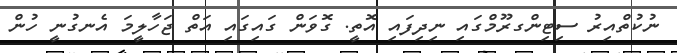
ނުކުތްއިރު ސިޓިންގރޫމްގައި ނިދިފައި އޮތީ. ގޮވަން ގައިގައި އަތް ޖަހާލީމަ އެނގުނީ ހުން